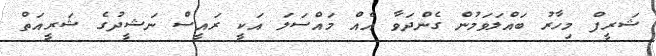
ޝަރީފް މިހާރު ބައްލަވަމުން ގެންދަވާ އެއް މައްސަލަ އަކީ ރައީސް ނަޝީދުގެ ޝަރީއަތް